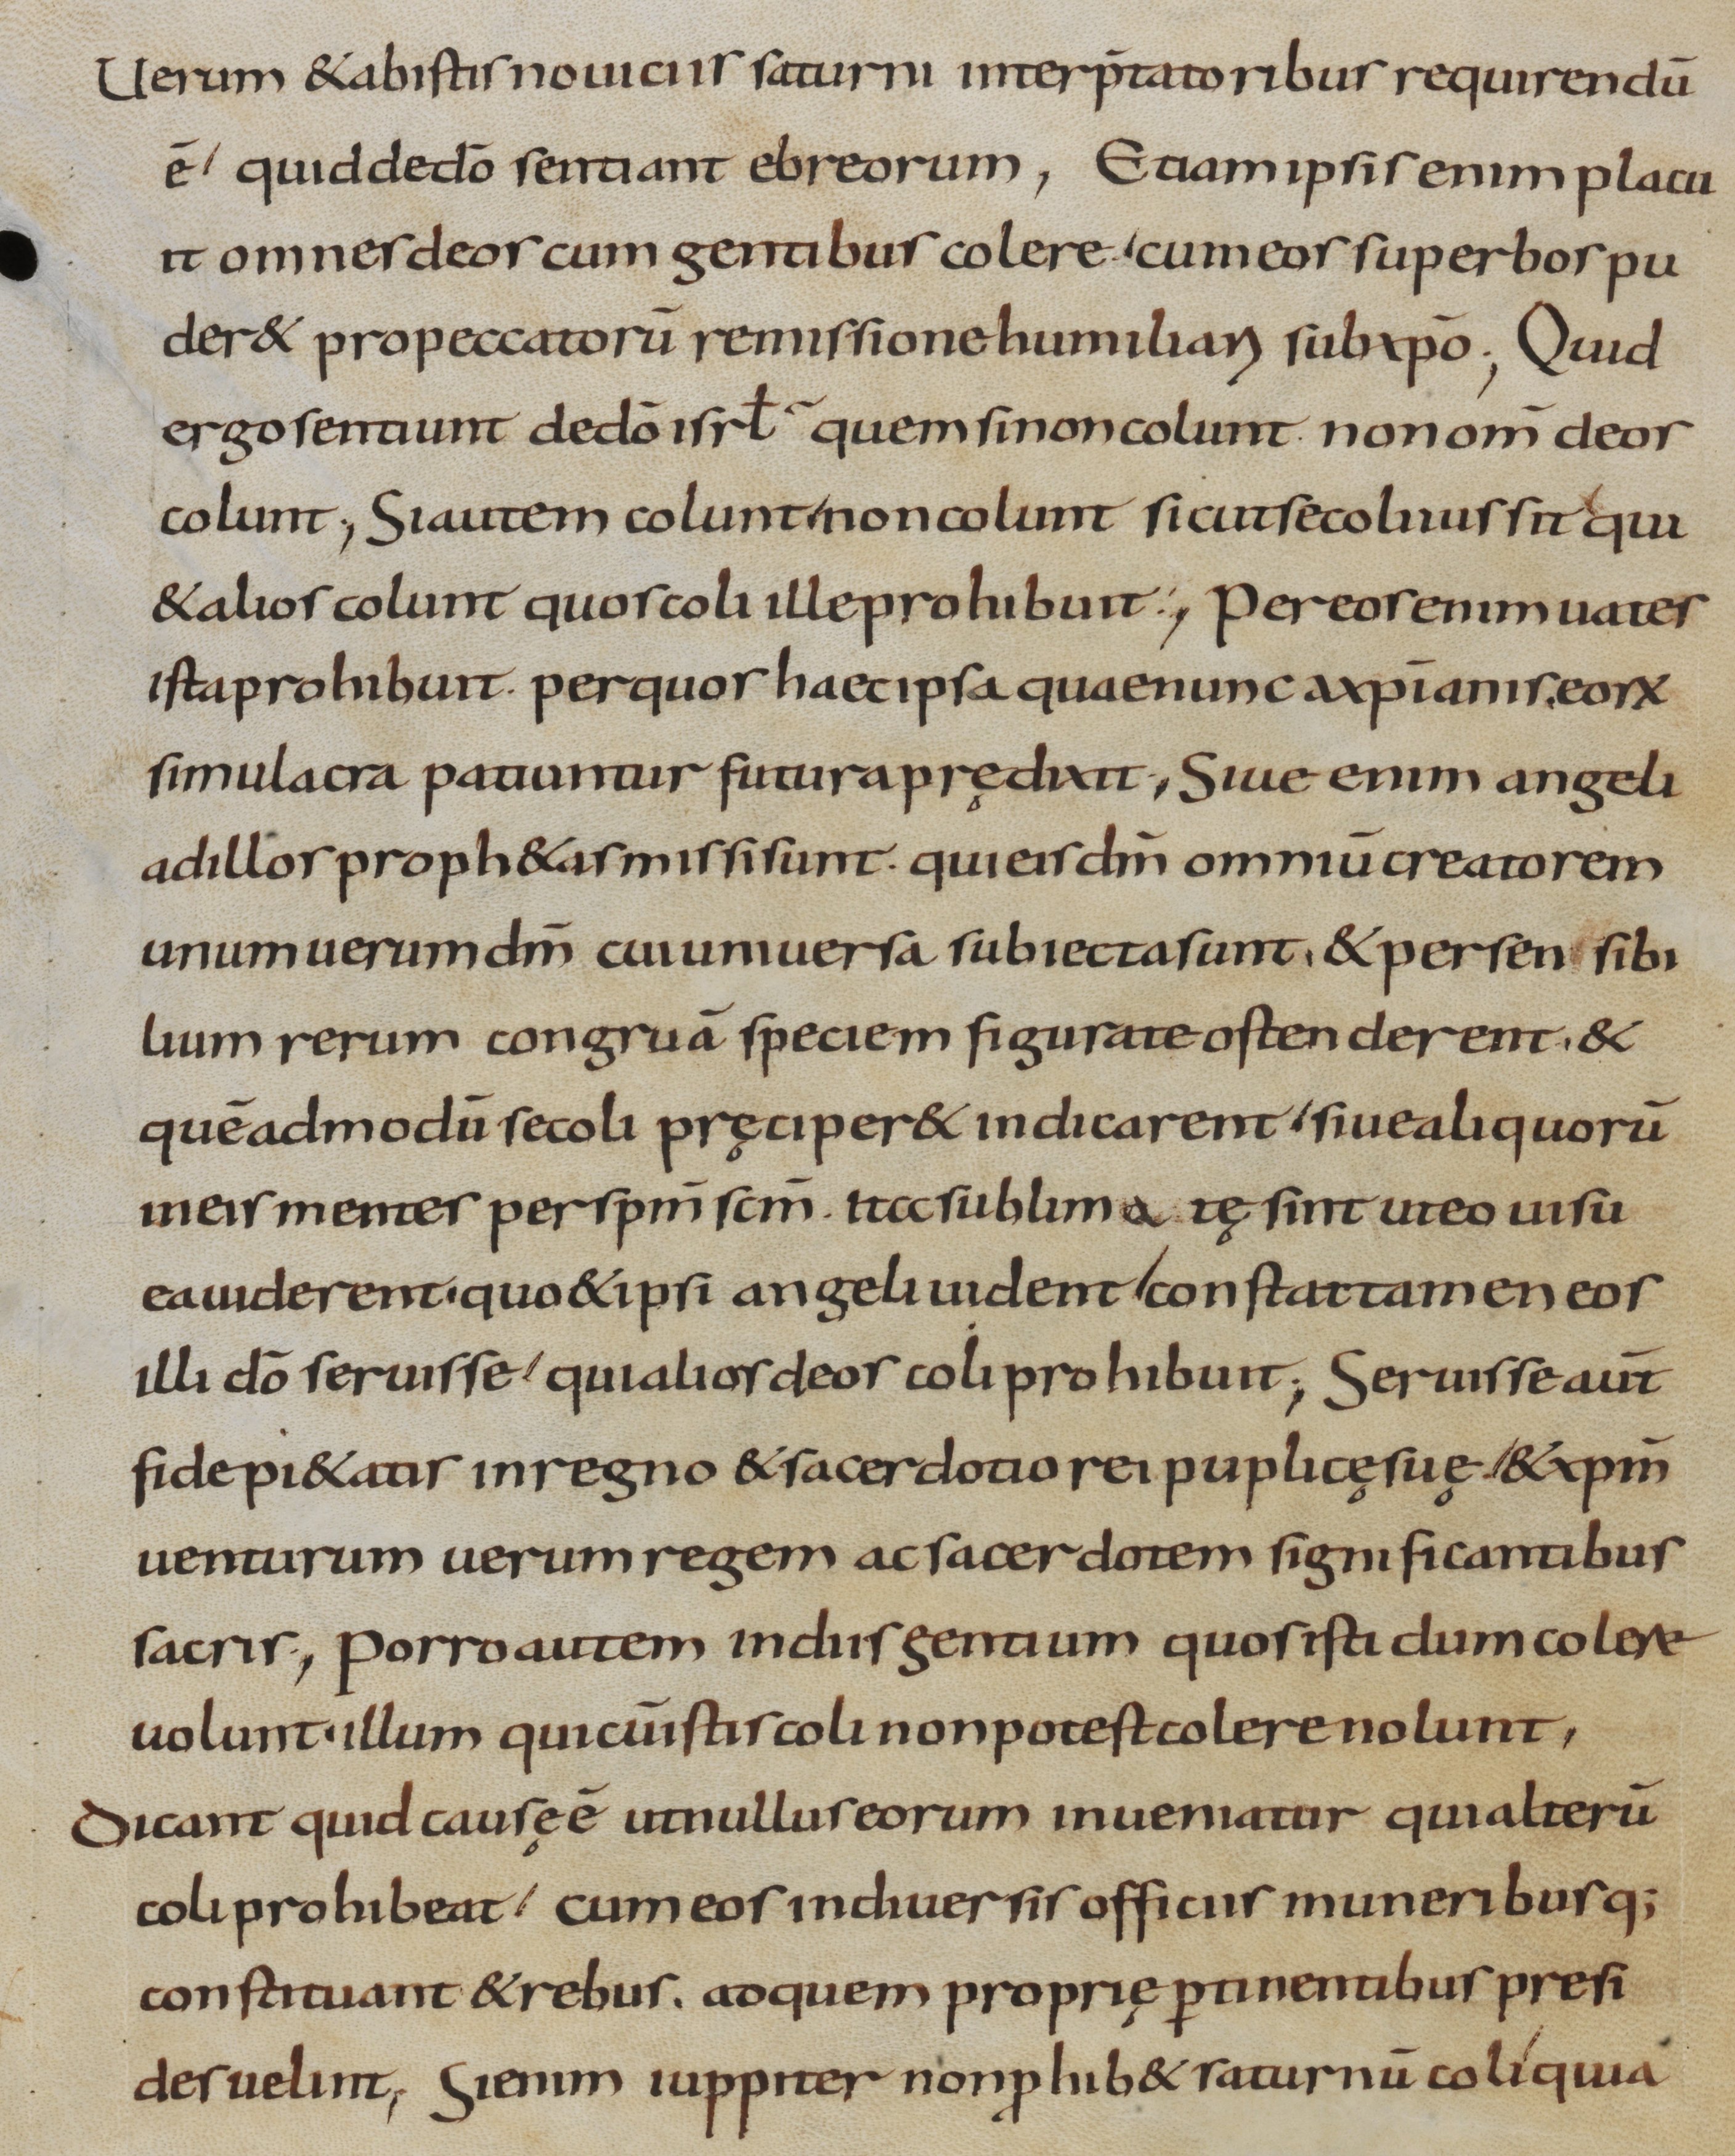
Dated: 800–899